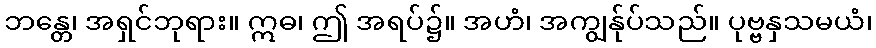
ဘန္တေ၊ အရှင်ဘုရား။ ဣဓ၊ ဤ အရပ်၌။ အဟံ၊ အကျွန်ုပ်သည်။ ပုဗ္ဗနှသမယံ၊